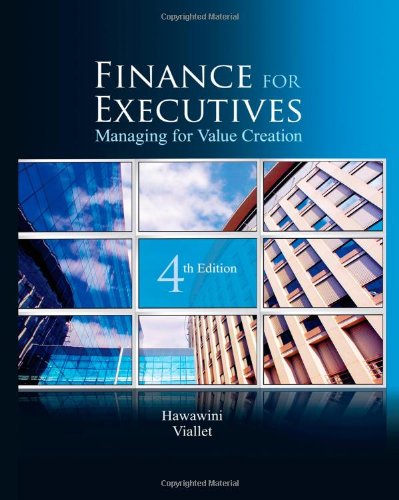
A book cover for Finance for Executives: Managing for Value Creation, 4th Edition; Gabriel Hawawini; Business & Money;